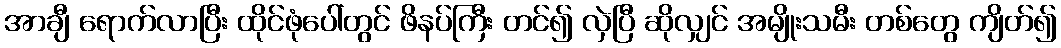
အာချီ ရောက်လာပြီး ထိုင်ဖုံပေါ်တွင် ဖိနပ်ကြီး တင်၍ လှဲပြီ ဆိုလျှင် အမျိုးသမီး တစ်တွေ ကျိတ်၍